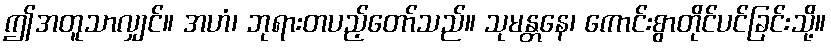
ဤအတူသာလျှင်။ အဟံ၊ ဘုရားတပည့်တော်သည်။ သုမန္တနေ၊ ကောင်းစွာတိုင်ပင်ခြင်းသို့။